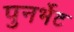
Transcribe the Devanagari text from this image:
पुनर्भेट